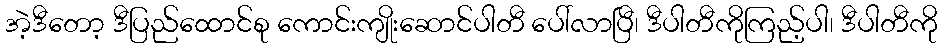
အဲ့ဒီတော့ ဒီပြည်ထောင်စု ကောင်းကျိုးဆောင်ပါတီ ပေါ်လာပြီ၊ ဒီပါတီကိုကြည့်ပါ၊ ဒီပါတီကို